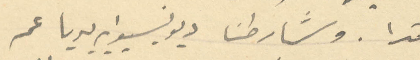
مترا . وشارطنا ديونسيدايديا عمه